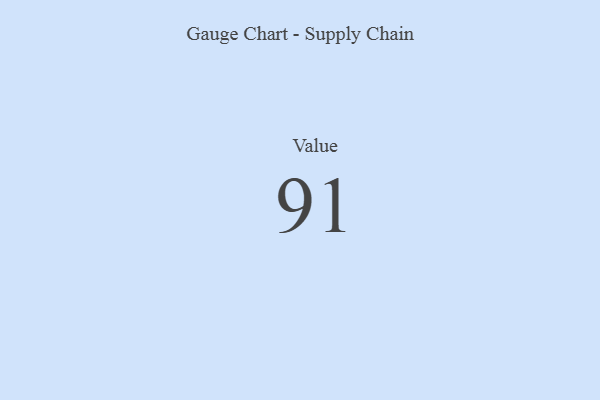
{"axis": {"x": "Metric", "y": "Value"}, "legend": [""], "data": [{"x": "Value", "y": 91, "type": ""}]}